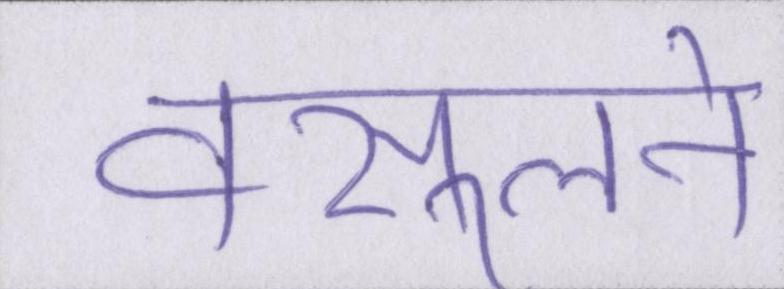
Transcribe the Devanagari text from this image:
वसूलने